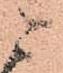
ニ